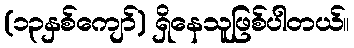
(၁၃နှစ်ကျော်) ရှိနေသူဖြစ်ပါတယ်။